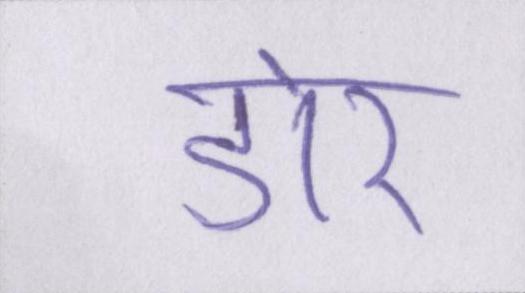
डोर